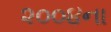
૨૦૦૪ના